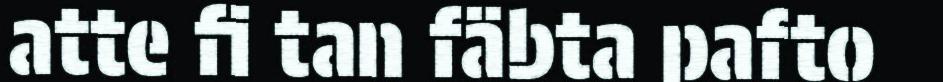
atte fi tan fäbta pafto